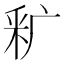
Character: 𬪺